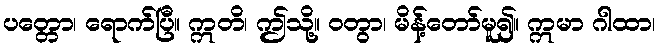
ပတ္တော၊ ရောက်ပြီ။ ဣတိ၊ ဤသို့။ ဝတွာ၊ မိန့်တော်မူ၍။ ဣမာ ဂါထာ၊